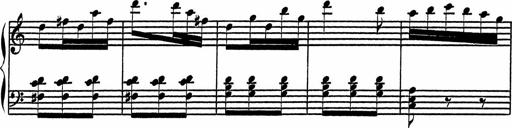
Title: 4 Piano Sonatinas
Composer: Adam Geibel